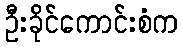
ဦးခိုင်ကောင်းစံက